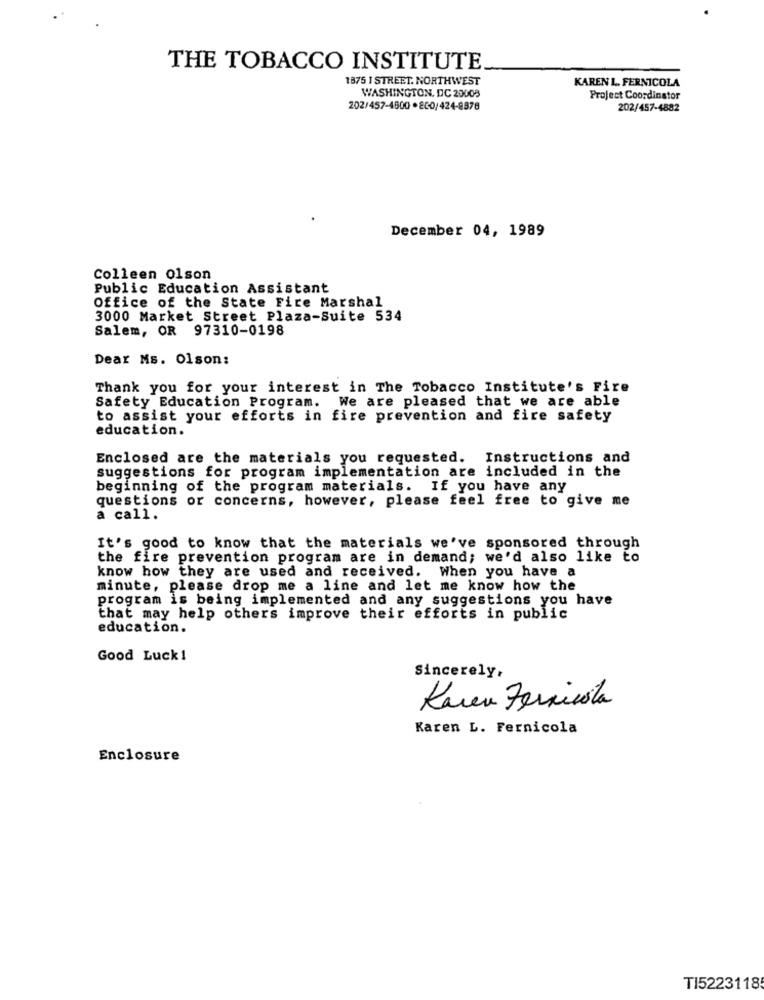
THE TOBACCO INSTITUTE
1875 I STREET. NORTHWEST
KAREN L. FERNICOLA
WASHINGTON, DC 20008
Project Coordinator
202/457-4800 .800/424-8878
202/457-4882
December 04, 1989
Colleen olson
Public Education Assistant
Office of the State Fire Marshal
3000 Market Street Plaza-Suite 534
Salem, OR 97310-0198
Dear Ms. Olson:
Thank you for your interest in The Tobacco Institute's Fire
Safety Education Program. We are pleased that we are able
to assist your efforts in fire prevention and fire safety
education.
Enclosed are the materials you requested. Instructions and
suggestions for program implementation are included in the
beginning of the program materials. If you have any
questions or concerns, however, please feel free to give me
a call.
It's good to know that the materials we've sponsored through
the fire prevention program are in demand; we'd also like to
know how they are used and received. When you have a
minute, please drop me a line and let me know how the
program is being implemented and any suggestions you have
that may help others improve their efforts in public
education.
Good Luck1
Sincerely,
Kuen Fernicola
Karen L. Fernicola
Enclosure
TI5223118